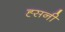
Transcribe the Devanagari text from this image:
ह्सनी